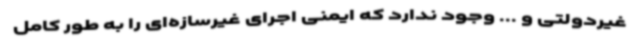
غیردولتی و ... وجود ندارد که ایمنی اجرای غیرسازه‌ای را به طور کامل